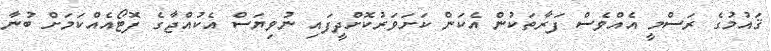
ޤައުމުގެ ރަސްމީ އެއްވެސް ފަރާތަކުން އެކަން ކަށަވަރުކޮށްދީފައި ނުވިޔަސް އެކުއްޖާގެ ފޮޓޯއެއްކަމަށް ބުނާ